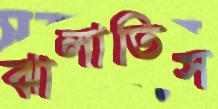
ঝালাতিস